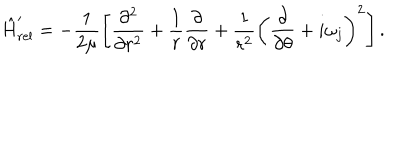
\hat { H } _ { \mathrm { r e l } } ^ { \prime } = - \frac { 1 } { 2 \mu } \left[ \frac { \partial ^ { 2 } } { \partial r ^ { 2 } } + \frac { 1 } { r } \frac { \partial } { \partial r } + \frac { 1 } { r ^ { 2 } } \left( \frac { \partial } { \partial \theta } + i \omega _ { j } \right) ^ { 2 } \right] .